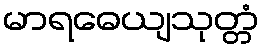
မာရဓေယျသုတ္တံ